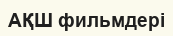
АҚШ фильмдері